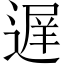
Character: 遅